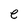
Character: e